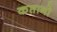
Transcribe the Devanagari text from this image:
कप्तानो